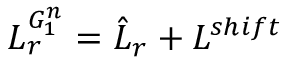
L _ { r } ^ { G _ { 1 } ^ { n } } = \hat { L } _ { r } + L ^ { s h i f t }